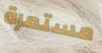
مستمرة